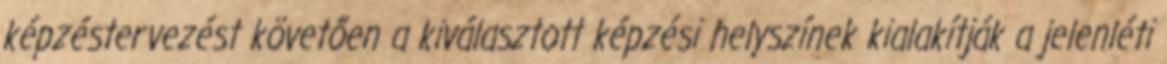
képzéstervezést követően a kiválasztott képzési helyszínek kialakítják a jelenléti